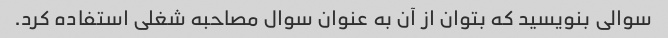
سوالی بنویسید که بتوان از آن به عنوان سوال مصاحبه شغلی استفاده کرد.